Leaving Certificate Examination, 1914
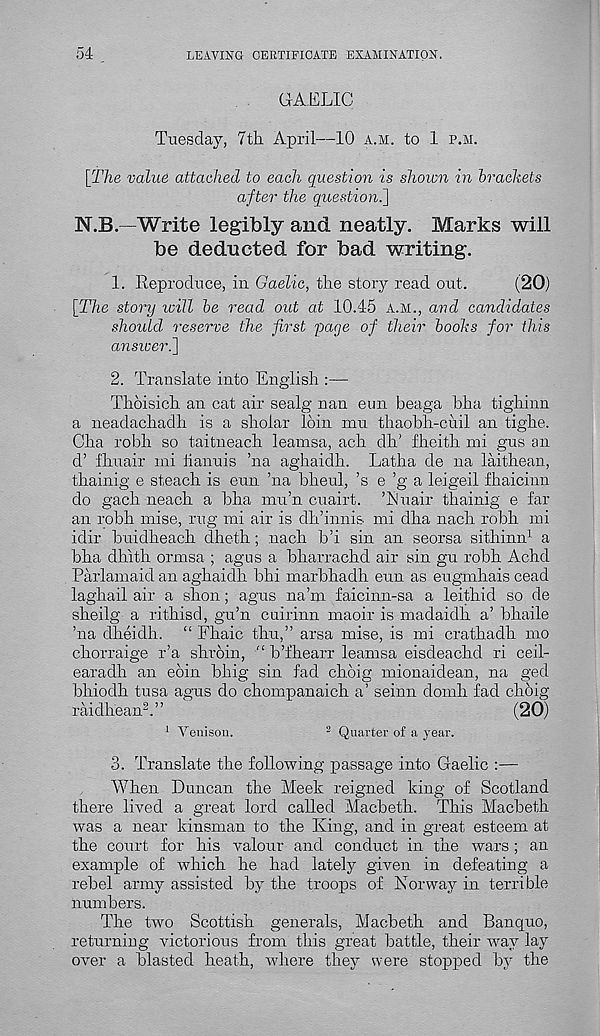
54
LEAVING CERTIFICATE EXAMINATION.
GAELIC
Tuesday, 7tli April—10 a.m. to 1 p.m.
[The value attached to each question is shown in brackets
after the question^]
N.B.—Write legibly and neatly. Marks will
be deducted for bad writing.
1. Reproduce, in Gaelic, tlie story read out.
(20)
[The story will be read out at 10.45 a.m., and candidates
should, reserve the first 'page of their books for this
ansiuer.\
2. Translate into English :—
Thoisich an cat air sealg nan eun beaga bha tighinn
a neadachadh is a shoiar loin mu thaobh-cuil an tighe.
Cha robh so taitneach leamsa, ach dlT fheith mi gus an
d’ fhuair mi fianuis ’na aghaidh. Latha de na lailhean,
thainig e steach is eun ’na bheul, ’s e ’g a leigeil fhaicinn
do gach neach a bha mu’n cuairt. ’JSluair thainig e far
an robh mise, rug mi air is dh’innis mi dha nach robh mi
idir buidheach dheth; nach b’i sin an seorsa sithinn 1 a
bha dhith omasa ; agus a bharrachd air sin gu robh Achd
Par lama id an aghaidh bhi marbhadh eun as eugmhais cead
laghail air a shon; agus na’m faicinn-sa a leithid so de
sheilg a rithisd, gu’n cuirinn maoir is madaidh a’ bhaile
’na clheidh. “ Fhaic thu,” arsa mise, is mi crathadh mo
chorraige r’a shroin, " b’fhearr leamsa eisdeachd ri ceil-
earadh an eoin bhig sin fad choig mionaidean, na ged
bhiodh tusa agus do chompanaich a’ seinn domh fad chdig
raidhean 2 .”
(20)
1 Venison.
2 Quarter of a year.
3. Translate the following passage into Gaelic :—
When Duncan the Meek reigned king of Scotland
there lived a great lord called Macbeth. This Macbeth
was a near kinsman to the King, and in great esteem at
the court for his valour and conduct in the wars ; an
example of which he had lately given in defeating a
rebel army assisted by the troops of Norway in terrible
numbers.
The two Scottish generals, Macbeth and Banquo,
returning victorious from this great battle, their way lay
over a blasted heath, where they were stopped by the